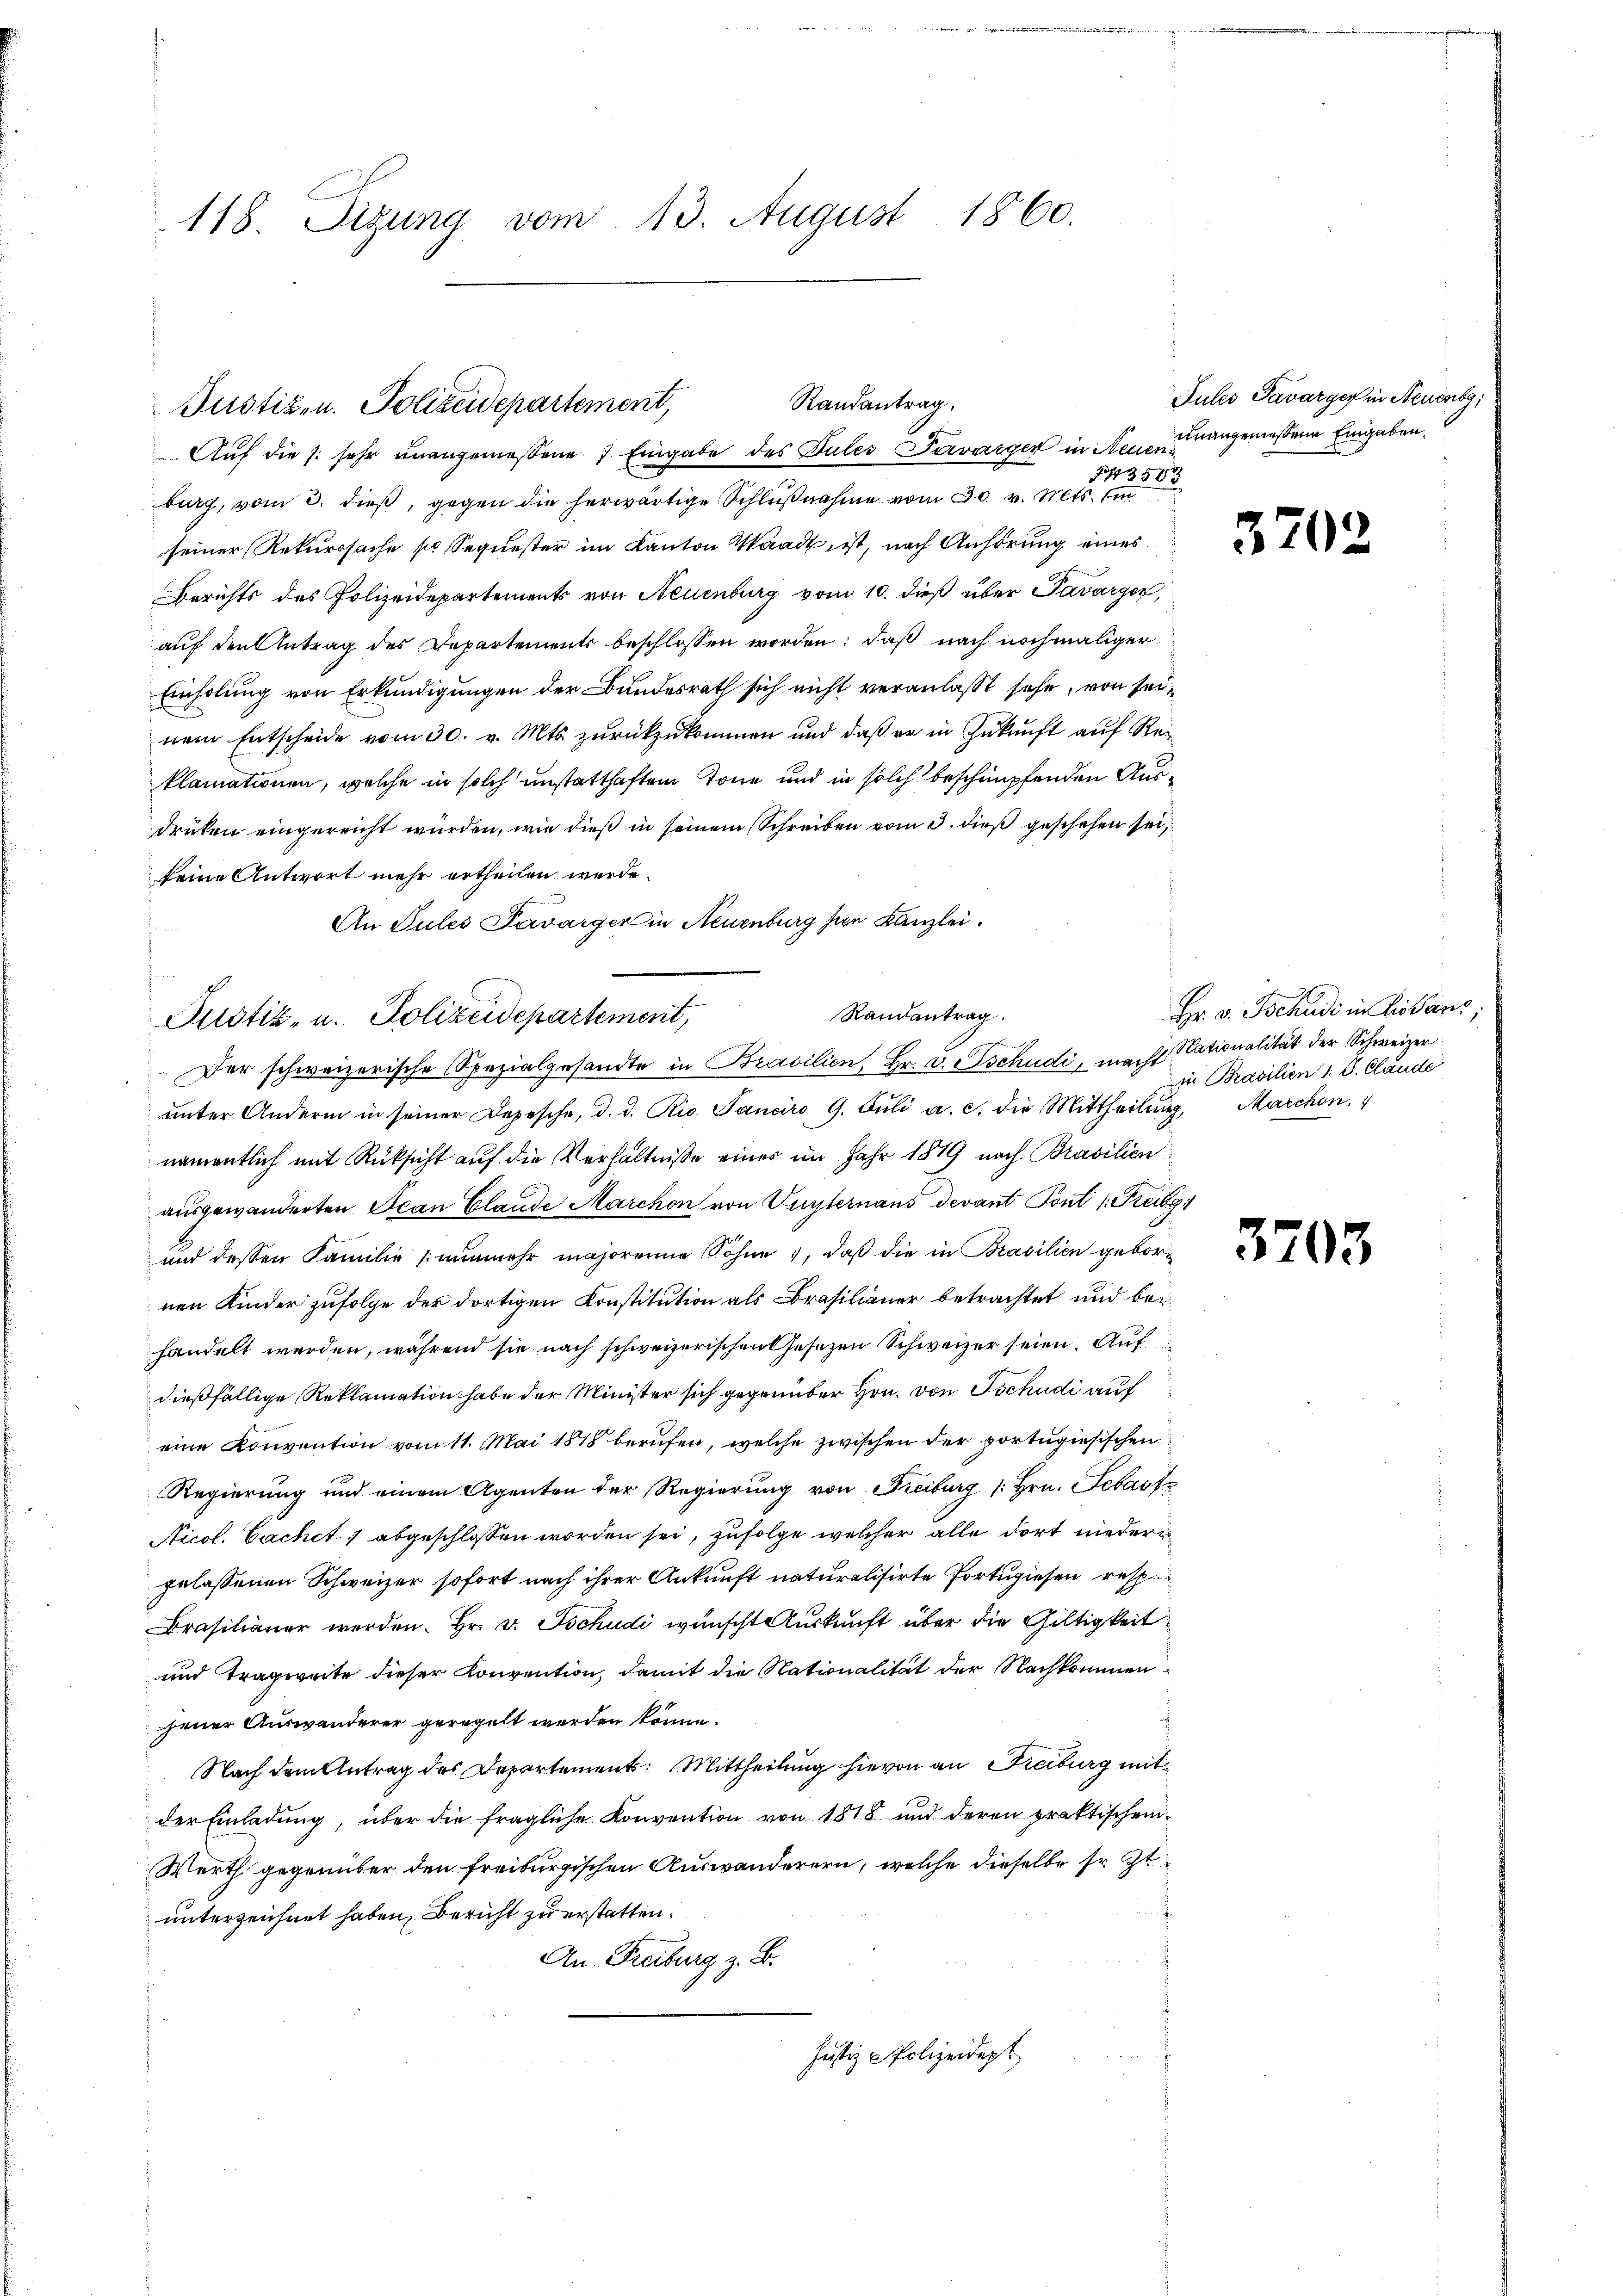
118. Sizung vom 13. August 1860.

Randantrag.
Justiz- u. Polizeidepartement,

Custiz- u. Polizeidepartement,

Auf die s. sehr unangemessene 7 Eingabe des Pules Pararger in Neuenburg, vom 3. dieß, gegen die herwärtige Schlußnahme vom 30. v. Mts. si
seiner Rekurssache so Sequester im Kanton Waadt ist, nach Anhörung eines
Berichts des Polizeidepartements von Neuenburg vom 10. dieß über Pavarger,
auf den Antrag des Departements beschlossen worden; daß nach nochmaliger
Einholung von Erkundigungen der Bundesrath sich nicht veranlaßt sehe, von seinem Entscheide vom 30. v. Mts. zurückzukommen und daß er in Zukunft auf Reklamationen, welche in solch unstatthaften Tone und in solch beschnupfenden Ausdrüken eingereicht wurden, wie dieß in seinem Schreiben vom 3. dieß geschehen sei,
keine Antwort mehr ertheilen werde.
An Tules Tavarger in Neuenburg sein Kanzlei.
Der schweizerische Spezialgesandte in Brasilien, Hr. v. Tschudi, macht Stationalität der Schweiner
ŭnter Andern in seiner Depesche, d. d. Rio. Janciro 9. Jŭli a. c. die Mittheilŭng, Marchon.
namentlich mit Rüksicht auf die Verhältnisse eines im Jahr 1819 nach Brasilien
ausgewanderten Ican Claude Marchon von Turternaus devant Pont 1. Teil
und dessen Familie nunmehr majorenne Söhne, daß die in Prasilien gebornen Kinder zufolge der dortigen Konstitution als Brasilianer betrachtet und bei
handelt werden, während sie nach schweizerischen Gesetzen Schweizer seien. Auf
dießfällige Reklamation habe der Minister sich gegenüber Hrn. von Tschudi auf
eine Konvention vom 11. Mai 1848 berufen, welche zwischen der portugisischen
Regierung und einem Agenten der Regierung von Freiburg /: Hrn. Sebast
Nicol. Cachet, abgeschlossen worden sei, zufolge welcher alle dort nieder
gelassenen Schweizer sofort nach ihrer Ankunft naturalisirte Portugiesen resp.
Prasilianer werden. Hr. v. Tschudi wünscht Auskunft über die Gültigkeit
und Tragweite dieser Konvention, damit die Nationalität der Nachkommen
jener Auswanderer geregelt werden könne.
Nach dem Antrag des Departement: Mittheilung hievon an Freiburg mit
der Einladung, über die fragliche Konvention von 1818 und deren praktischen
Werth gegenüber den freiburgischen Auswanderern, welche dieselbe sr. Zt
unterzeichnet haben, Bericht zu erstatten.
An Freiburg z. B.
Justiz - Polizeidept

Randantrag

23588

Jules Tavarger in Neuenbg,
unangenießene Eingaben,

37

.

Hr. v. Tschudi in Listanz,
in Brasilien 1. V. Claude

370.